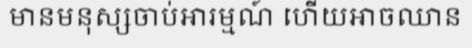
មានមនុស្សចាប់អារម្មណ៍ ហើយអាចឈាន